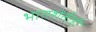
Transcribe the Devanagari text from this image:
भातशेतीही